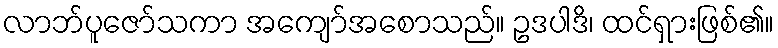
လာဘ်ပူဇော်သကာ အကျော်အစောသည်။ ဥဒပါဒိ၊ ထင်ရှားဖြစ်၏။